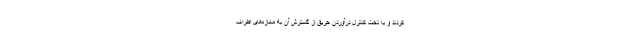
کردند و با تحت کنترل درآوردن حریق از گسترش آن به مغازه‌های اطراف